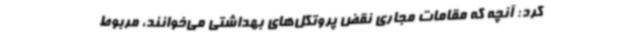
کرد: آنچه که مقامات مجاری نقض پروتکل‌های بهداشتی می‌خوانند، مربوط‌